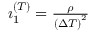
\begin{array} { r } { \i _ { 1 } ^ { ( T ) } = \frac { \rho } { \left( \Delta T \right) ^ { 2 } } } \end{array}